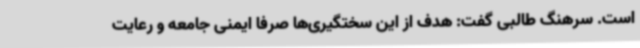
است. سرهنگ طالبی گفت: هدف از این سختگیری‌ها صرفا ایمنی جامعه و رعایت